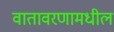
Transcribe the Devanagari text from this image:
वातावरणामधील